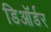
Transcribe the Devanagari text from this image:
डिऑर्डर